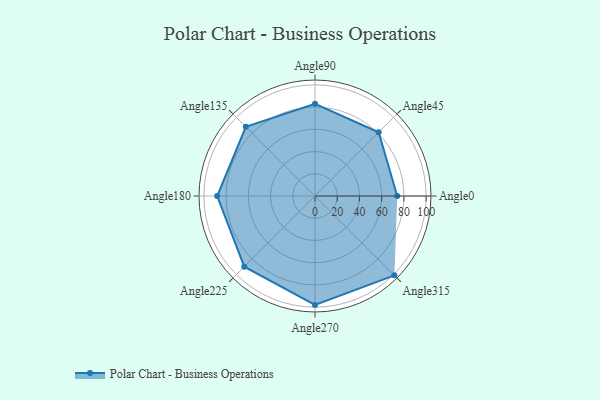
{"axis": {"x": "Angle", "y": "Radius"}, "legend": [""], "data": [{"x": "Angle0", "y": 74.0, "type": ""}, {"x": "Angle45", "y": 81.0, "type": ""}, {"x": "Angle90", "y": 83.0, "type": ""}, {"x": "Angle135", "y": 88.0, "type": ""}, {"x": "Angle180", "y": 88.0, "type": ""}, {"x": "Angle225", "y": 90.0, "type": ""}, {"x": "Angle270", "y": 98.0, "type": ""}, {"x": "Angle315", "y": 101.0, "type": ""}]}